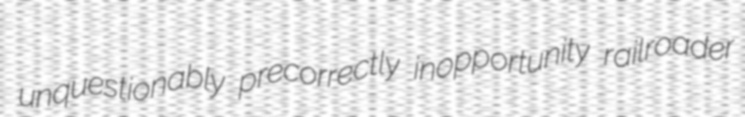
unquestionably precorrectly inopportunity railroader